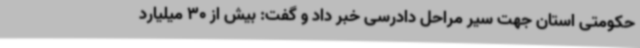
حکومتی استان جهت سیر مراحل دادرسی خبر داد و گفت: بیش از 30 میلیارد